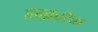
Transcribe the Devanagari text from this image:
लिंफ़ैटिक